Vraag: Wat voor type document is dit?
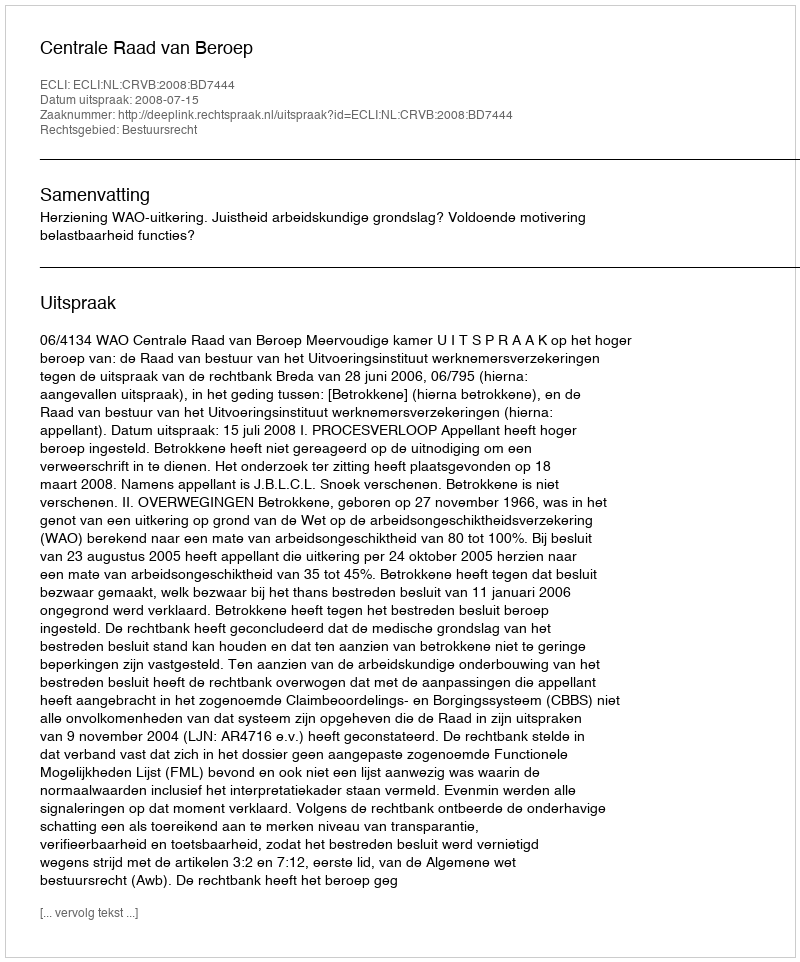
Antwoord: Uitspraak